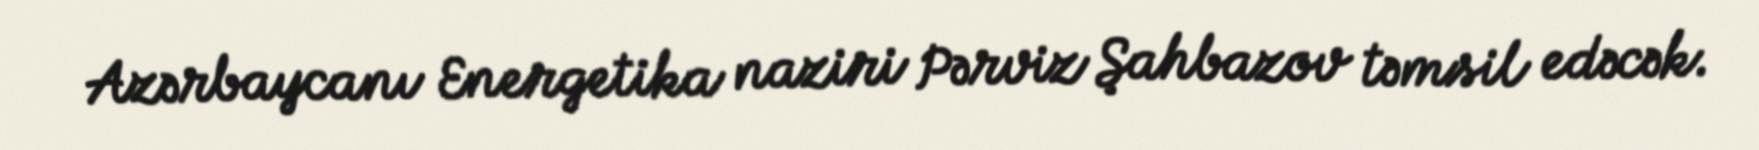
Azərbaycanı Energetika naziri Pərviz Şahbazov təmsil edəcək.